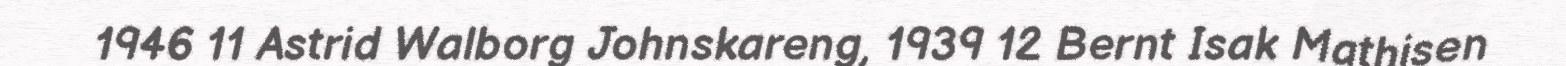
1946 11 Astrid Walborg Johnskareng, 1939 12 Bernt Isak Mathisen